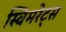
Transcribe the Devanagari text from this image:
स्विमरेट्स